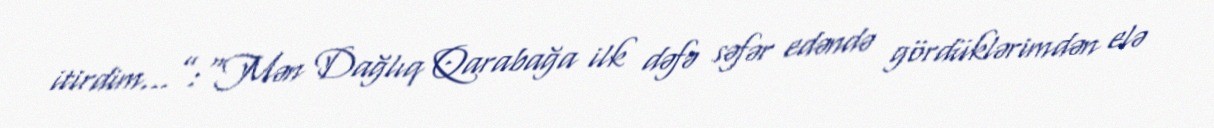
itirdim...”:“Mən Dağlıq Qarabağa ilk dəfə səfər edəndə gördüklərimdən elə